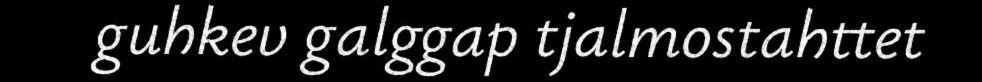
guhkev galggap tjalmostahttet